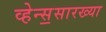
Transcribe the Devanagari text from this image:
व्हेन्स॒सारख्या